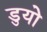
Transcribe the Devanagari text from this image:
डुयो